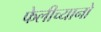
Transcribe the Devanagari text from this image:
फेलीच्यानो